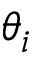
\theta _ { i }